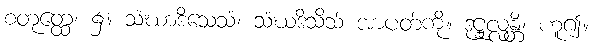
စတုတ္ထေ၊ ၌။ သံဃာဒိသေသံ၊ သံဃဒိသိသ် အာပတ်ကို။ ဒုဋ္ဌုလ္လန္တိ၊ ဟူ၍။